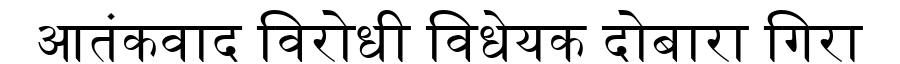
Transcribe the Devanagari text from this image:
आतंकवाद विरोधी विधेयक दोबारा गिरा